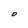
Character: O